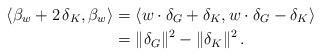
LaTeX: \begin{align*}\langle \beta_w+2\, \delta_K, \beta_w\rangle&=\langle w\cdot\delta_G+\delta_K,w\cdot\delta_G-\delta_K\rangle\\&= \|\delta_G\|^2-\|\delta_K\|^2\,.\end{align*}